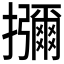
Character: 𭣐